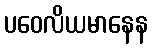
ပဝေလိယမာနေန